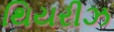
થિયરીઝ